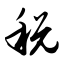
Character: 税